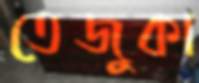
তেজুকা